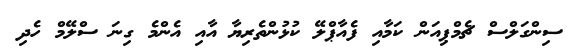
ސިންގަލްސް ޗެމްޕިއަން ކަމާއި ފެއާޕްލޭ ކުޅުންތެރިޔާ އާއި އެންމެ ގިނަ ސްލޭމް ހެދި